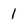
Character: 1